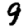
Digit: 9